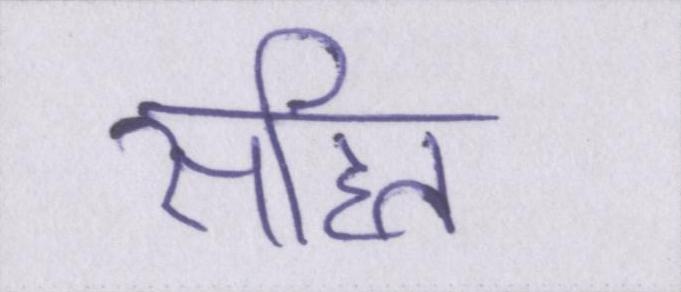
सहित